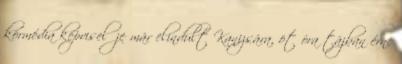
körmédia képviselője már elindult Kanizsára, öt óra tájban érne